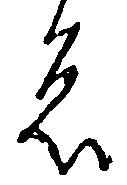
者